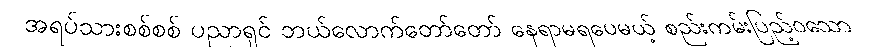
အရပ်သားစစ်စစ် ပညာရှင် ဘယ်လောက်တော်တော် နေရာမရပေမယ့် စည်းကမ်းပြည့်ဝသော